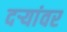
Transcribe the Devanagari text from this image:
दऱ्यांवर